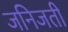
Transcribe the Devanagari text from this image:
जनिजती